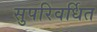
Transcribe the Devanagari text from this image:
सुपरिवर्धित